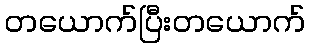
တယောက်ပြီးတယောက်